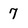
Character: 7